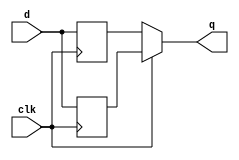
module top_module (
    input wire clk,
    input wire d,
    output reg q
);

    // Intermediate signals for storing values at different clock edges
    reg q_posedge; // Value at positive edge of the clock
    reg q_negedge; // Value at negative edge of the clock

    // Process for the positive edge of the clock
    always @(posedge clk) begin
        q_posedge <= d;
    end

    // Process for the negative edge of the clock
    always @(negedge clk) begin
        q_negedge <= d;
    end

    // Select the appropriate value of q based on clock edge
    always @(*) begin
        if (clk)
            q = q_negedge; // Use the value captured at the negative edge
        else
            q = q_posedge; // Use the value captured at the positive edge
    end

endmodule